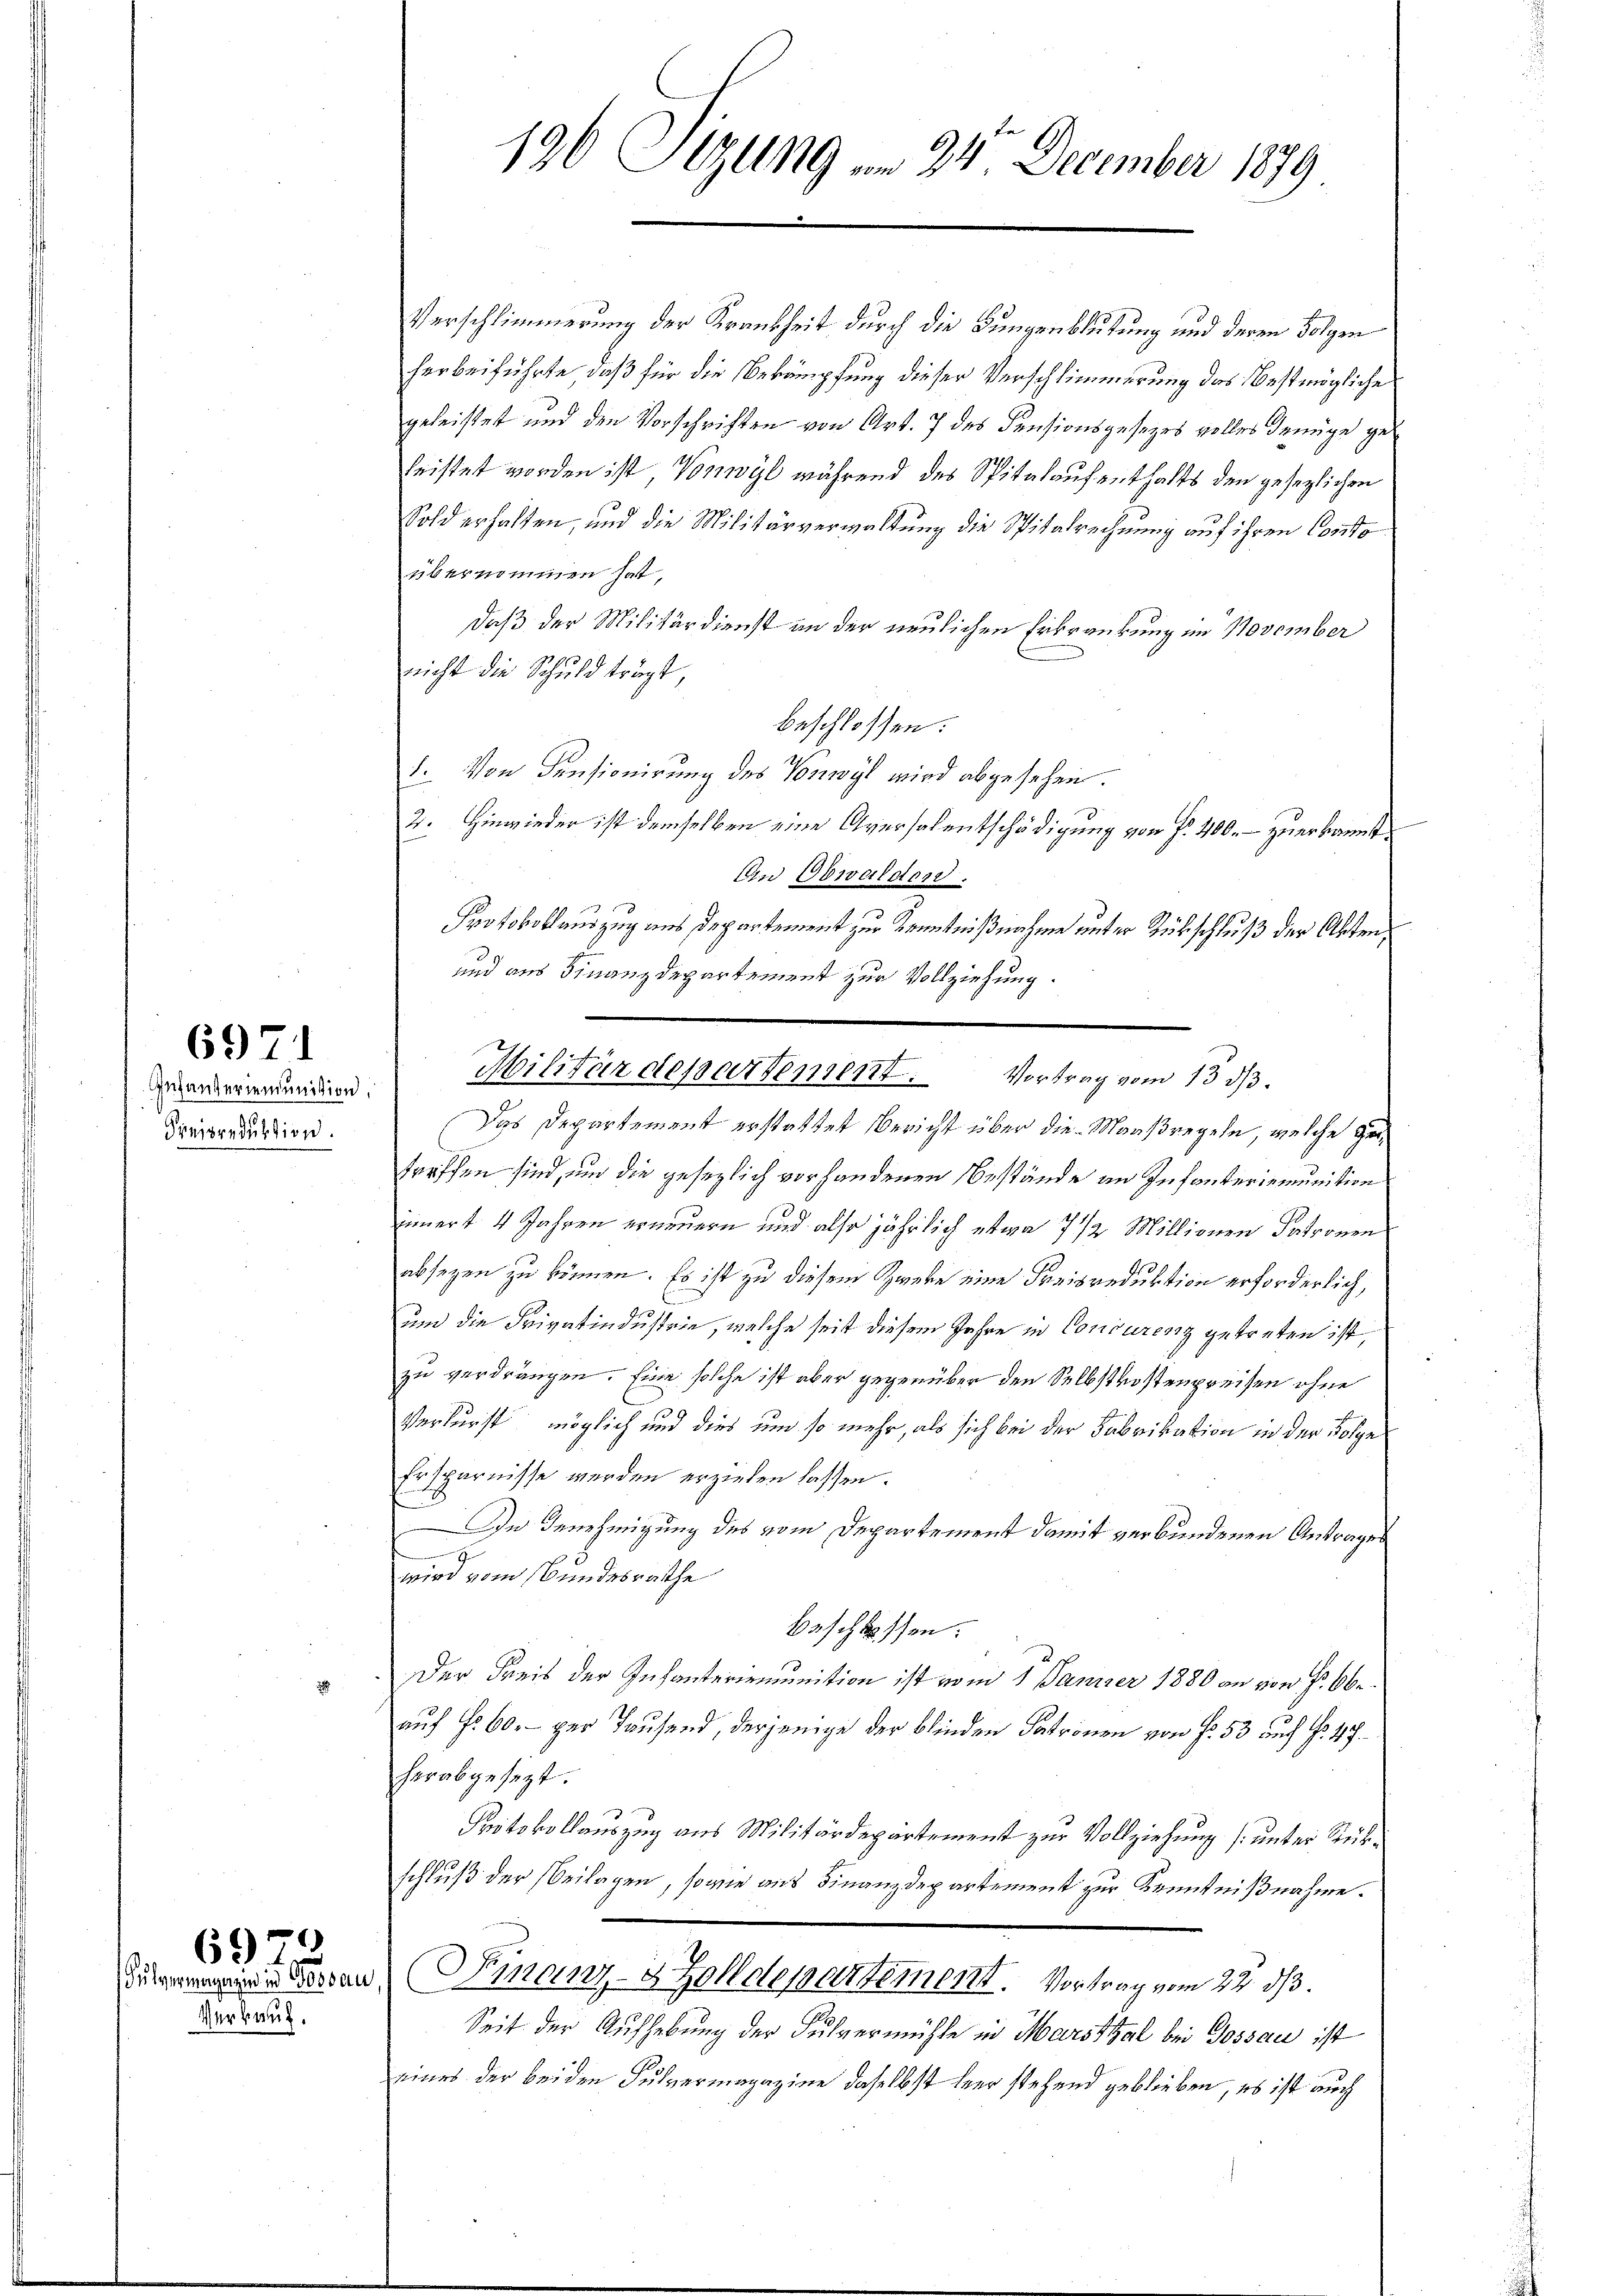
Infanteriemunition.
Freisreduktion.

6971

Verkauf.

6972

196 Sizung u. 24 December 1879

Militärdepartement. Vortrag vom 15. dβ.

Verschlimmerung der Krankheit durch die Bungenblutung und deren Folgen
herbeiführte, daß für die Bekämpfung dieser Verschlimmerung des bestmögliche
geleistet und den Vorschriften von Art. 7 des Pensionsgesetzes volles denüge geleistet worden ist, Vonwyl während des Spitalaufenthalts den gesezlichen
Sold erhalten, und die Militärverwaltung die Spitalrechnung auf ihren Conto
übernommen hat,
daß der Militärdienst an der neulichen Erkrankung im November
nicht die Schuld trägt,
beschlossen:
1. Von Pensionirung des Vorwyl wird abgesehen.
2. Hinwieder ist demselben eine Aversalentschädigung von f. 400. – zuerkannt.
An Obwaldend.
Protokollauszug aus Departement zur Kenntnißnahme unter Rückschluß der Akten,
und aus Finanzdepartement zur Vollziehung.
Das Departement erstattet Bericht über die Maaßregeln, welche getreffen sind, und die gesezlich vorhandenen Bestände an Infanteriemunition
innert 4 Jahren erneuern und also jährlich etwa 7 1/2 Millionen Patronen
absagen zu können. Es ist zu diesem Zweke eine Freisreduktion erforderlich,
um die Privatindustrie, welche seit diesem Jahre in Concurenz getreten ist,
zu verdrängen. Eine solche ist aber gegenüber den Selbstkostenpreisen ohne
Verlurst möglich und dies um so mehr, als sich bei der Fabrikation in der Folge
Ersparnisse werden erzielen lassen.
In Benehmigung des vom Departement damit verbundenen Antrages
wird vom Bundesrathe
Beschlossen:
Der Kreis der Infanterimunition ist vom 1. Jänner 1880 an von Fr. 66.
2
auf Fr. 60.- per Tausend, derjenige der blinden Fatronen von Fr. 53 auch No 47
herabgesezt.
Protokollauszug aus Militärdepartement zur Vollziehung (unter Rükschluß der Beilagen, sowie aus Finanzdepartement zur Kenntnißnahme.
an Finanz-Zolldepartement. Vortrag vom 22. ds.
Seit der Aufhebung der Pulvermühle in Marsthal bei Gossau ist
eines der beiden Pulvermagazine daselbst hier stehend geblieben, es ist auch